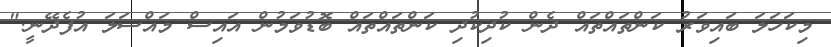
މިކަހަލަ ބައިވަރު ކަންތައްތައް ދެން ކުދިކުދި ކަންތައްތައް ބޮޑުވަމުން އައިސް މައްސަލަ އުފެދޭނީ."